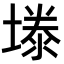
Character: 𪤉